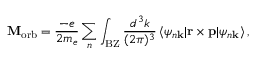
\mathbf { M } _ { \mathrm { { o r b } } } = { \frac { - e } { 2 m _ { e } } } \sum _ { n } \int _ { \mathrm { { B Z } } } { \frac { d ^ { 3 } k } { ( 2 \pi ) ^ { 3 } } } \, \langle \psi _ { n \mathbf { k } } \vert \mathbf { r } \times \mathbf { p } \vert \psi _ { n \mathbf { k } } \rangle \, ,